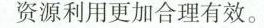
资源利用更加合理有效。